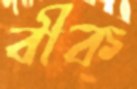
বীক্